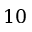
1 0